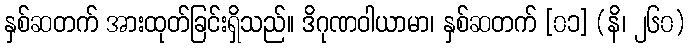
နှစ်ဆတက် အားထုတ်ခြင်းရှိသည်။ ဒိဂုဏဝါယာမာ၊ နှစ်ဆတက် [၀၁] (နိ၊ ၂၆၀)